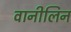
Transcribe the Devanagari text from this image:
वानीलिन